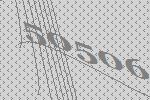
50506